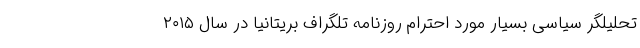
تحلیلگر سیاسی بسیار مورد احترام روزنامه تلگراف بریتانیا در سال ۲۰۱۵